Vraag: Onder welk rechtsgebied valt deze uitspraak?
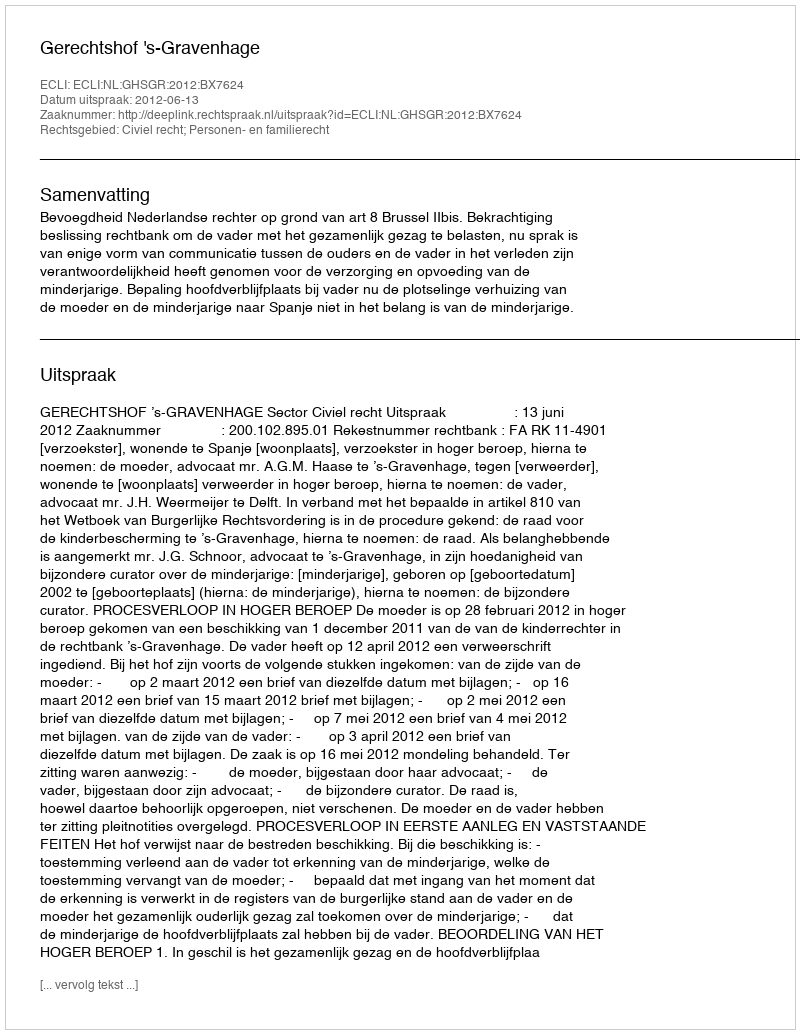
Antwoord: Civiel recht; Personen- en familierecht